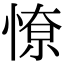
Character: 𭝷